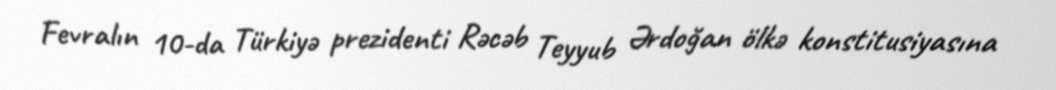
Fevralın 10-da Türkiyə prezidenti Rəcəb Teyyub Ərdoğan ölkə konstitusiyasına